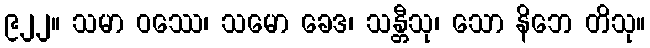
၉၂၂။ သမာ ဝဿေ၊ သမော ခေဒ၊ သန္တီသု၊ သော နိဘေ တိသု။